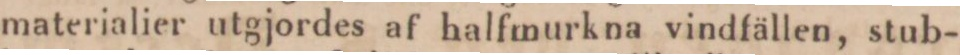
materialier utgjordes af halfmurkna vindfällen, stub-